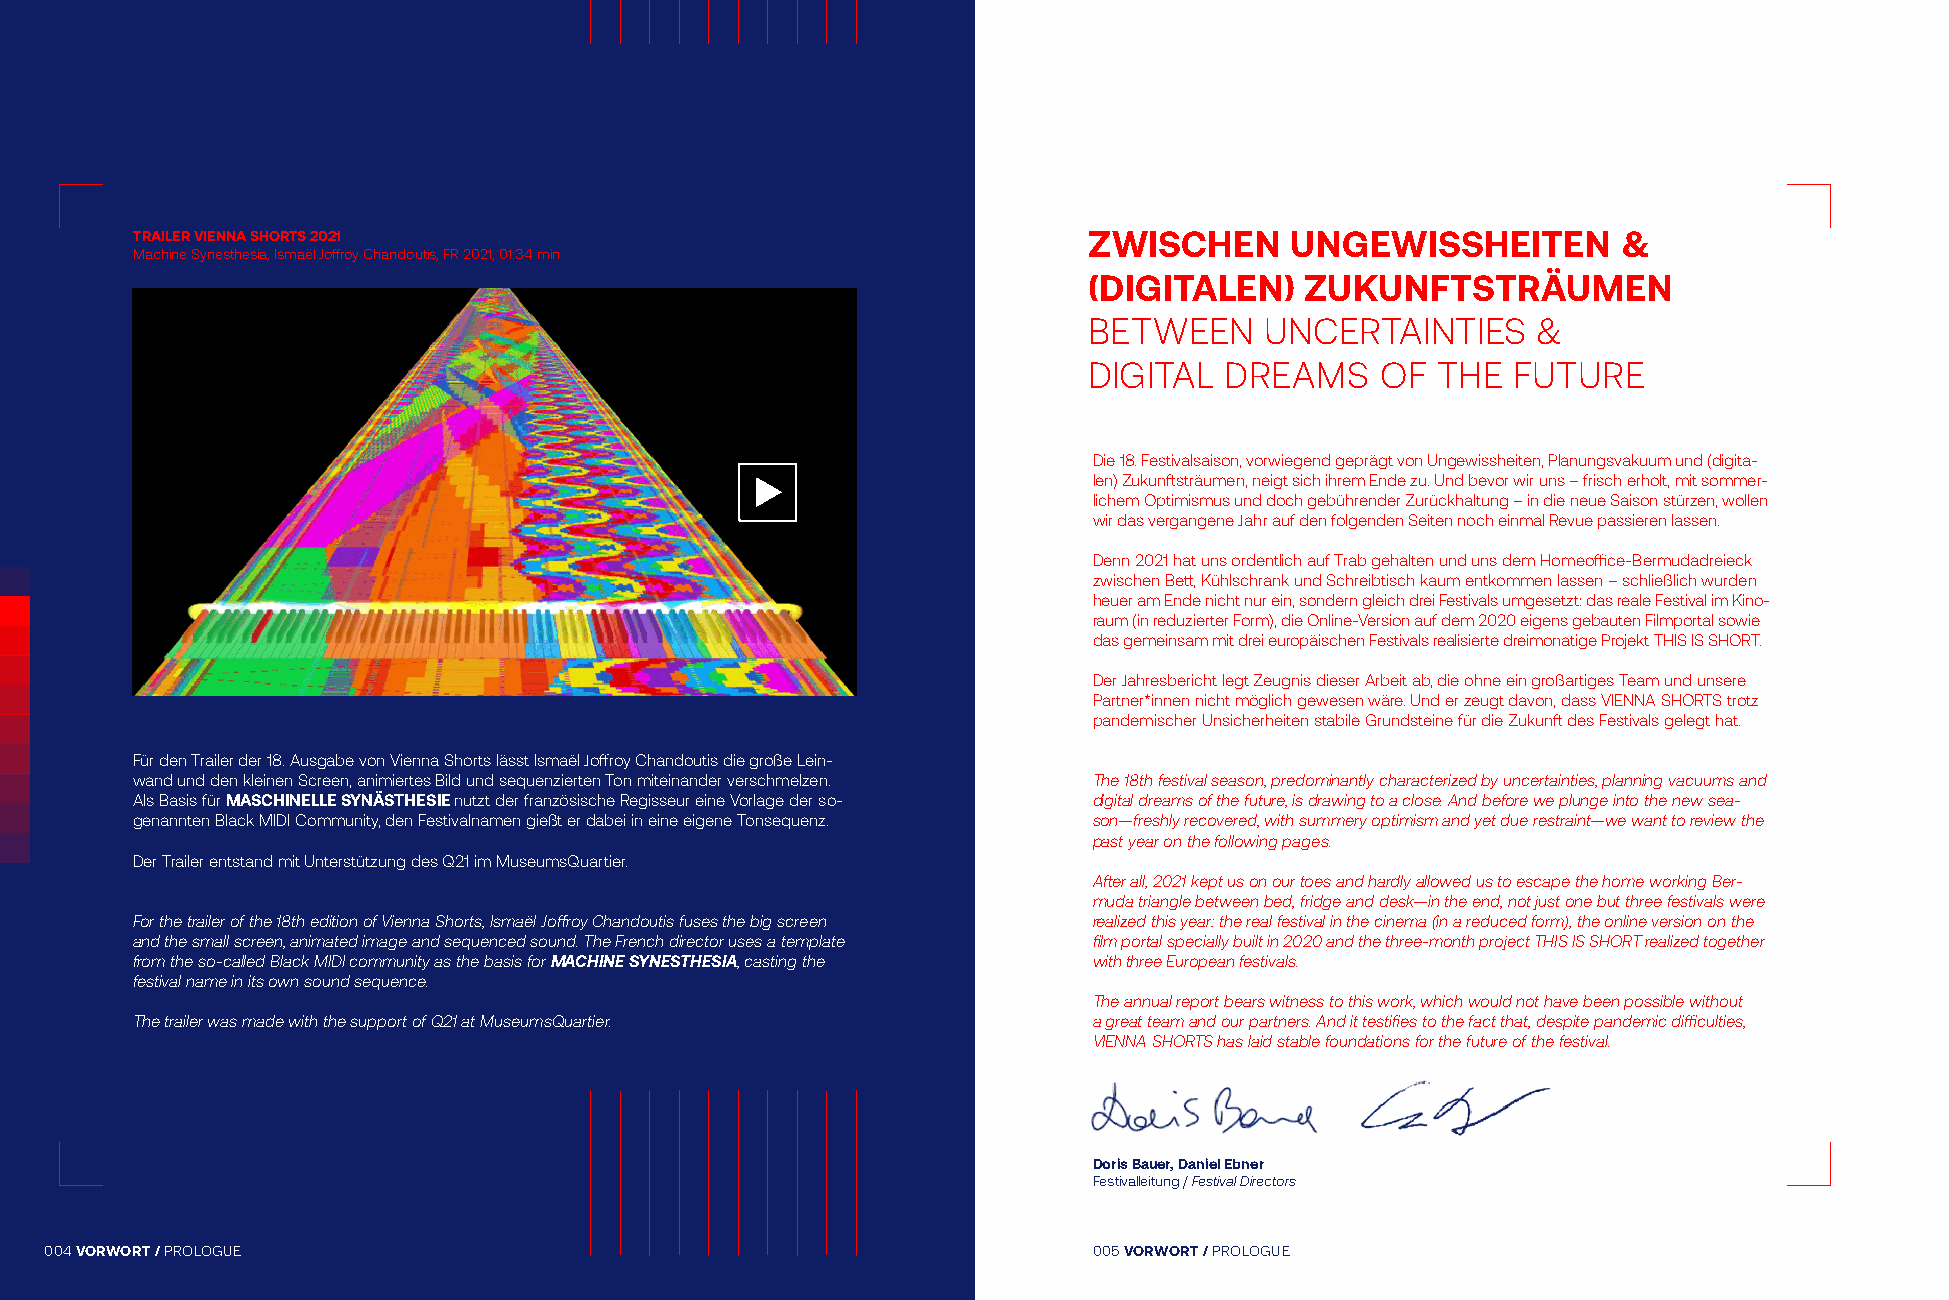
TRAILER VIENNA SHORTS 2021                                     ZWISCHEN     UNGEWISSHEITEN        &
 Machine Synesthesia, Ismaël Joffroy Chandoutis, FR 2021, 01:34 min
 (DIGITALEN)   ZUKUNFTSTRÄUMEN
 BETWEEN     UNCERTAINTIES     &
 DIGITAL  DREAMS    OF  THE  FUTURE
 Die 18. Festivalsaison, vorwiegend geprägt von Ungewissheiten, Planungsvakuum und (digita-
 len) Zukunftsträumen, neigt sich ihrem Ende zu. Und bevor wir uns – frisch erholt, mit sommer-
 lichem Optimismus und doch gebührender Zurückhaltung – in die neue Saison stürzen, wollen
 wir das vergangene Jahr auf den folgenden Seiten noch einmal Revue passieren lassen.
 Denn 2021 hat uns ordentlich auf Trab gehalten und uns dem Homeoffice-Bermudadreieck
 zwischen Bett, Kühlschrank und Schreibtisch kaum entkommen lassen – schließlich wurden
 heuer am Ende nicht nur ein, sondern gleich drei Festivals umgesetzt: das reale Festival im Kino-
 raum (in reduzierter Form), die Online-Version auf dem 2020 eigens gebauten Filmportal sowie
 das gemeinsam mit drei europäischen Festivals realisierte dreimonatige Projekt THIS IS SHORT.
 Der Jahresbericht legt Zeugnis dieser Arbeit ab, die ohne ein großartiges Team und unsere
 Partner*innen nicht möglich gewesen wäre. Und er zeugt davon, dass VIENNA SHORTS trotz
 pandemischer Unsicherheiten stabile Grundsteine für die Zukunft des Festivals gelegt hat.
 Für den Trailer der 18. Ausgabe von Vienna Shorts lässt Ismaël Joffroy Chandoutis die große Lein-
 wand und den kleinen Screen, animiertes Bild und sequenzierten Ton miteinander verschmelzen. The 18th festival season, predominantly characterized by uncertainties, planning vacuums and
 Als Basis für MASCHINELLE SYNÄSTHESIE nutzt der französische Regisseur eine Vorlage der so- digital dreams of the future, is drawing to a close. And before we plunge into the new sea-
 genannten Black MIDI Community, den Festivalnamen gießt er dabei in eine eigene Tonsequenz. son—freshly recovered, with summery optimism and yet due restraint—we want to review the
 past year on the following pages.
 Der Trailer entstand mit Unterstützung des Q21 im MuseumsQuartier.
 After all, 2021 kept us on our toes and hardly allowed us to escape the home working Ber-
 muda triangle between bed, fridge and desk—in the end, not just one but three festivals were
 For the trailer of the 18th edition of Vienna Shorts, Ismaël Joffroy Chandoutis fuses the big screen realized this year: the real festival in the cinema (in a reduced form), the online version on the
 and the small screen, animated image and sequenced sound. The French director uses a template film portal specially built in 2020 and the three-month project THIS IS SHORT realized together
 from the so-called Black MIDI community as the basis for MACHINE SYNESTHESIA, casting the with three European festivals.
 festival name in its own sound sequence.
 The annual report bears witness to this work, which would not have been possible without
 The trailer was made with the support of Q21 at MuseumsQuartier. a great team and our partners. And it testifies to the fact that, despite pandemic difficulties,
 VIENNA SHORTS has laid stable foundations for the future of the festival.
 Doris Bauer, Daniel Ebner
 Festivalleitung / Festival Directors
 004 VORWORT / PROLOGUE                                               005 VORWORT / PROLOGUE